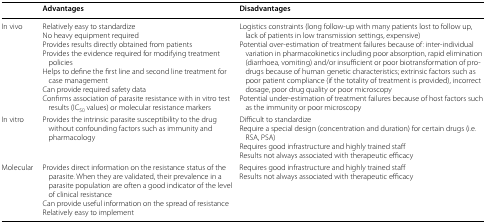
|  | Advantages | Disadvantages |
 | --- | --- | --- |
 | In vivo | Relatively easy to standardizeNo heavy equipment requiredProvides results directly obtained from patientsProvides the evidence required for modifying treatment policiesHelps to define the first line and second line treatment for case managementCan provide required safety dataConfirms association of parasite resistance with in vitro test results (IC50 values) or molecular resistance markers | Logistics constraints (long follow-up with many patients lost to follow up, lack of patients in low transmission settings, expensive)Potential over-estimation of treatment failures because of: inter-individual variation in pharmacokinetics including poor absorption, rapid elimination (diarrhoea, vomiting) and/or insufficient or poor biotransformation of pro-drugs because of human genetic characteristics; extrinsic factors such as poor patient compliance (if the totality of treatment is provided), incorrect dosage, poor drug quality or poor microscopyPotential under-estimation of treatment failures because of host factors such as the immunity or poor microscopy |
 | In vitro | Provides the intrinsic parasite susceptibility to the drug without confounding factors such as immunity and pharmacology | Difficult to standardizeRequire a special design (concentration and duration) for certain drugs (i.e. RSA, PSA)Requires good infrastructure and highly trained staffResults not always associated with therapeutic efficacy |
 | Molecular | Provides direct information on the resistance status of the parasite. When they are validated, their prevalence in a parasite population are often a good indicator of the level of clinical resistanceCan provide useful information on the spread of resistanceRelatively easy to implement | Requires good infrastructure and highly trained staffResults not always associated with therapeutic efficacy |